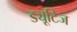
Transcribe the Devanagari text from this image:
ड्यूटिज